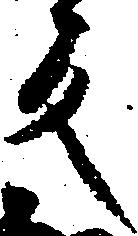
反